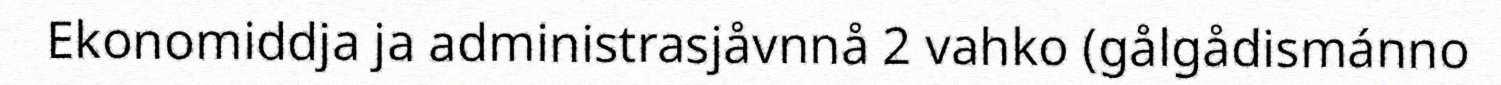
Ekonomiddja ja administrasjåvnnå 2 vahko (gålgådismánno